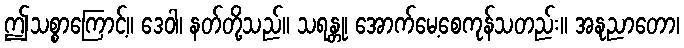
ဤသစ္စာကြောင့်။ ဒေဝါ၊ နတ်တို့သည်။ သရန္တု၊ အောက်မေ့စေကုန်သတည်း။ အနုညာတော၊